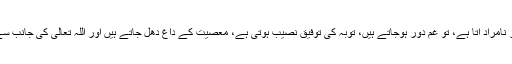
آپ کے دربار میں جب کوئی غم زدہ اور نامراد آتا ہے، تو غم دور ہوجاتے ہیں، توبہ کی توفیق نصیب ہوتی ہے، معصیت کے داغ دھل جاتے ہیں اور اللہ تعالیٰ کی جانب سے بخشش اور عافیت کا پیغام آجاتا ہے‘‘۔